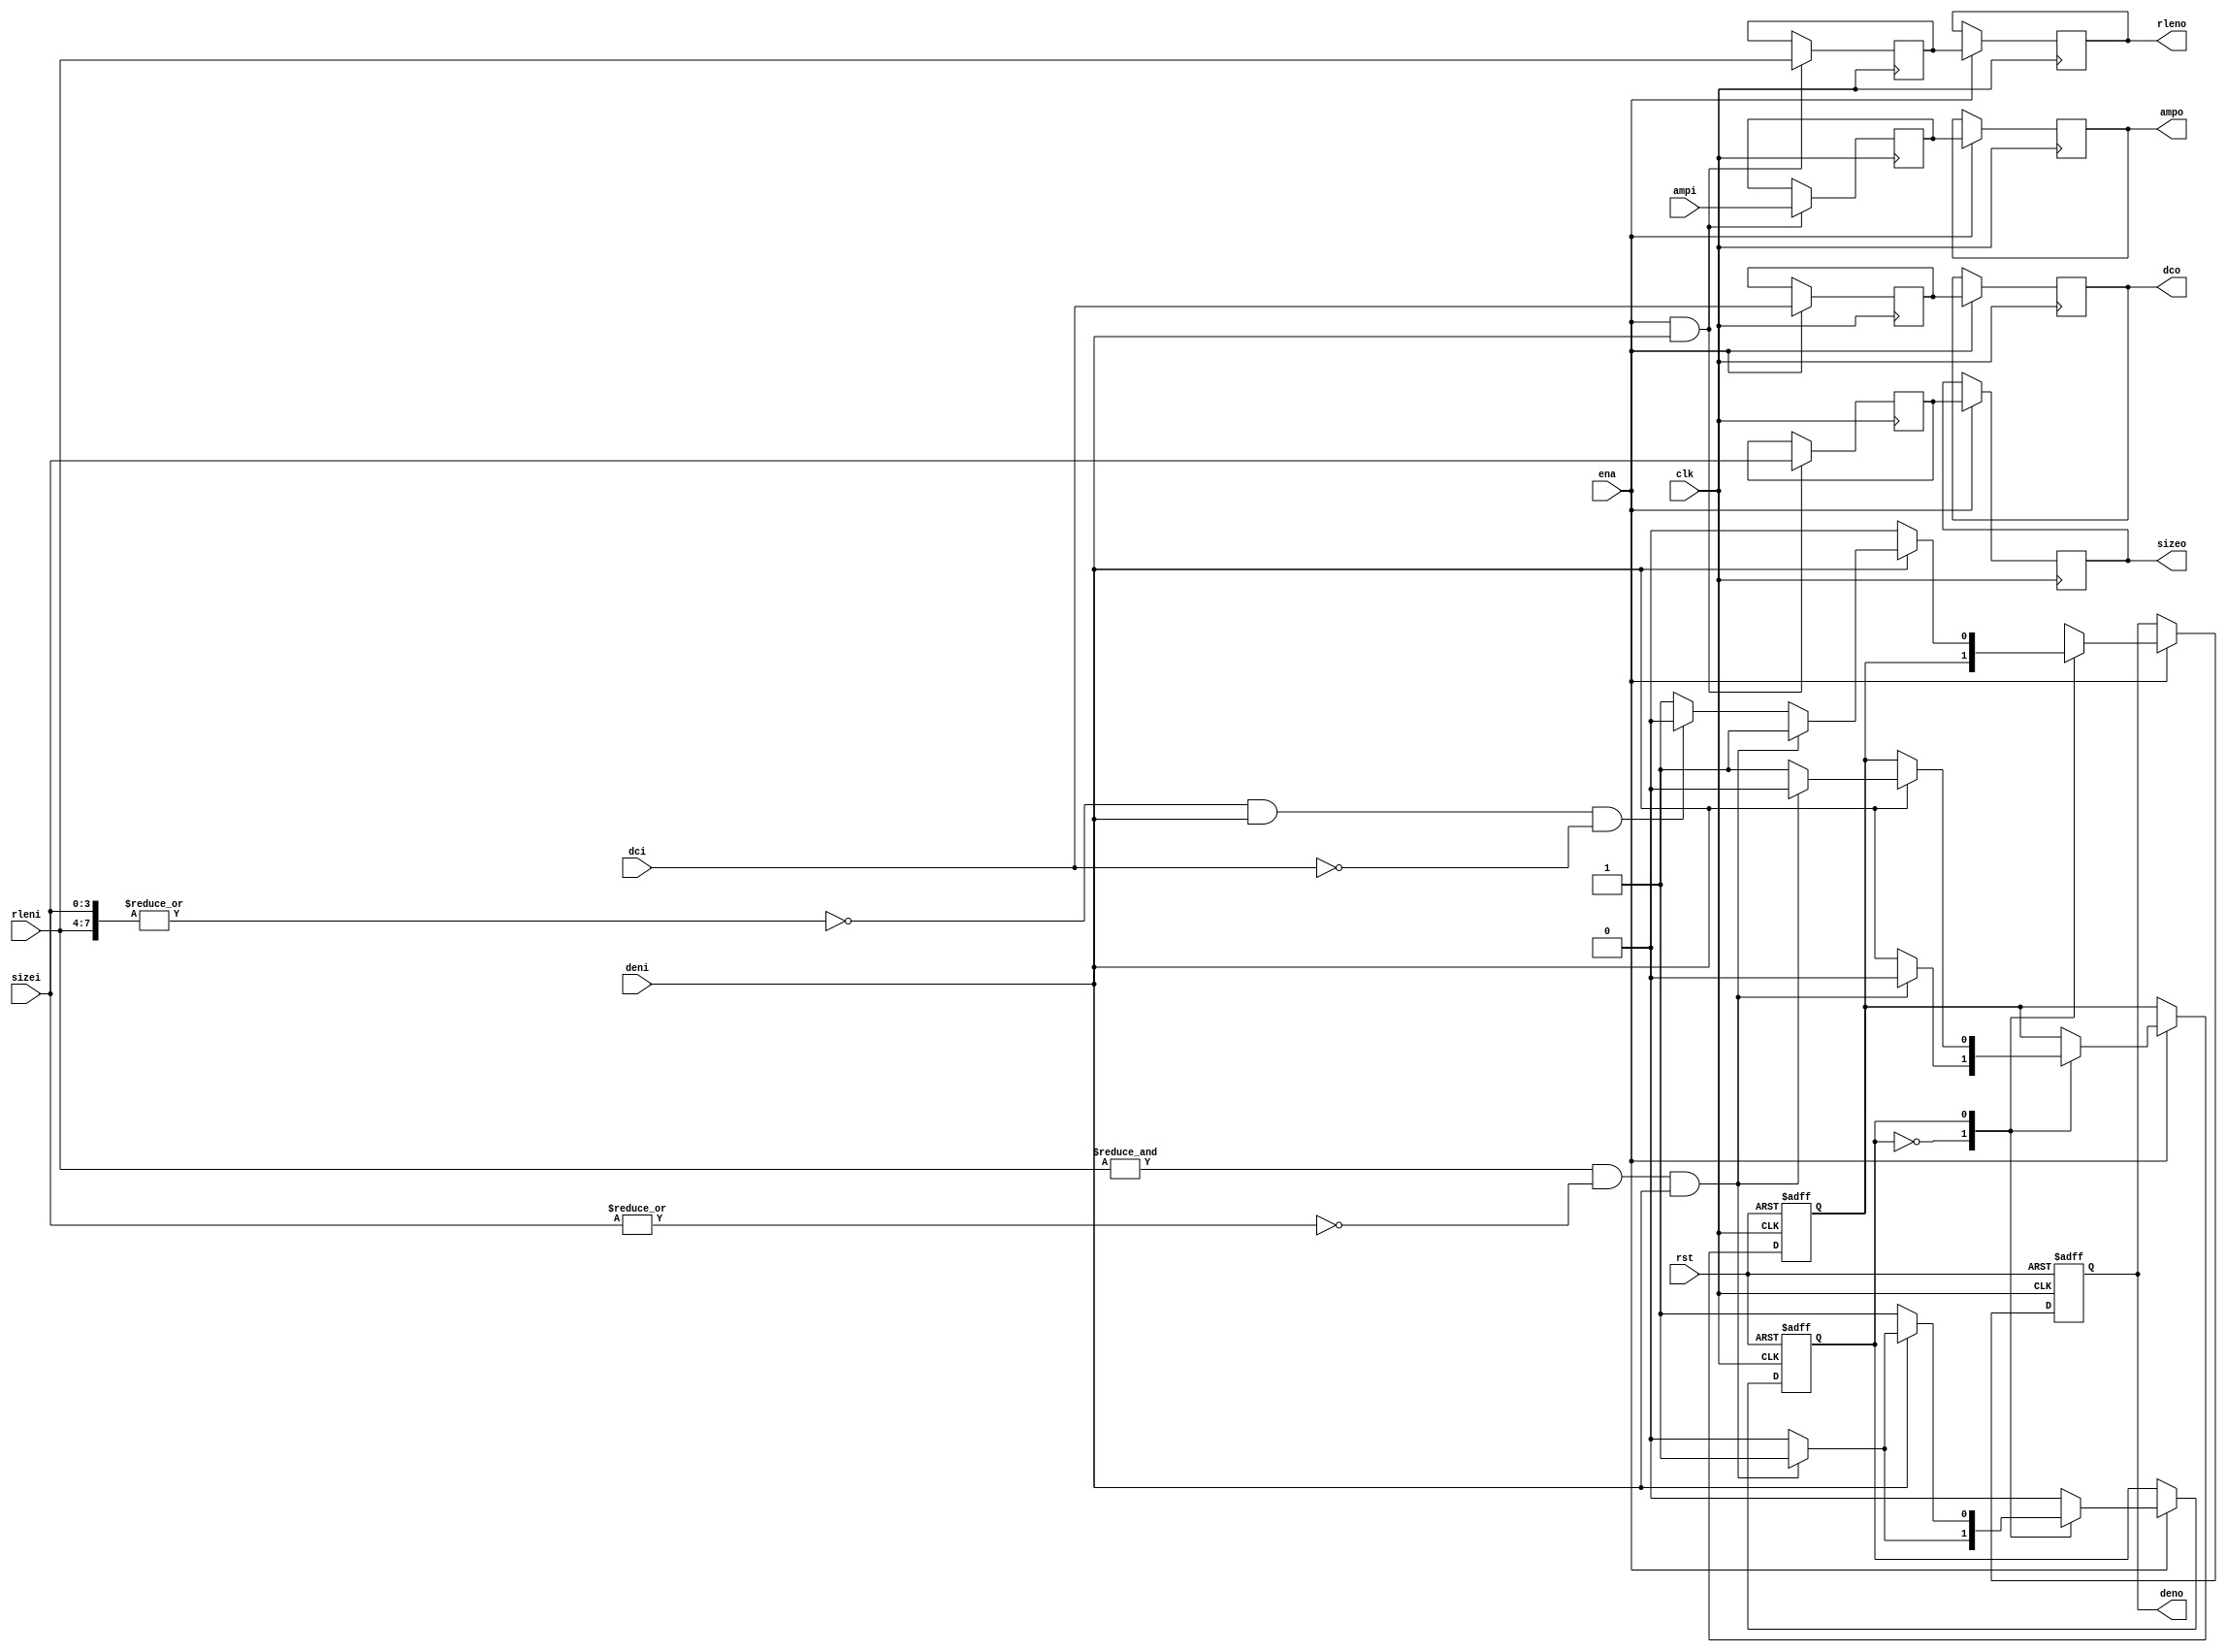
module jpeg_rzs(clk, ena, rst, deni, dci, rleni, sizei, ampi, deno, dco, rleno, sizeo, ampo);

	//
	// inputs & outputs
	//
	input        clk;
	input        ena;
	input        rst;
	input        deni;
	input        dci;
	input [ 3:0] sizei;
	input [ 3:0] rleni;
	input [11:0] ampi;

	output        deno;
	output        dco;
	output [ 3:0] sizeo;
	output [ 3:0] rleno;
	output [11:0] ampo;

	reg        deno, dco;
	reg [ 3:0] sizeo, rleno;
	reg [11:0] ampo;

	//
	// variables
	//

	reg [ 3:0] size;
	reg [ 3:0] rlen;
	reg [11:0] amp;
	reg        den;
	reg        dc;

	wire eob;
	wire zerobl;
	reg  state;

	//
	// module body
	//

	always @(posedge clk)
	  if(ena & deni)
	    begin
	        size <= #1 sizei;
	        rlen <= #1 rleni;
	        amp  <= #1 ampi;
	    end

	always @(posedge clk)
	  if(ena)
	    begin
	        sizeo <= #1 size;
	        rleno <= #1 rlen;
	        ampo  <= #1 amp;

	        dc    <= #1 dci;
	        dco   <= #1 dc;
	    end

	assign zerobl = &rleni &  ~|sizei & deni;
	assign eob    = ~|{rleni, sizei} & deni & ~dci;

	always @(posedge clk or negedge rst)
	  if (!rst)
	     begin
	         state <= #1 1'b0;
	         den   <= #1 1'b0;
	         deno  <= #1 1'b0;
	     end
	  else
	    if(ena)
	      case (state) // synopsys full_case parallel_case
	         1'b0:
	             begin
	                 if (zerobl)
	                    begin
	                        state <= #1 1'b1; // go to zero-detection state
	                        den   <= #1 1'b0; // do not yet set data output enable
	                        deno  <= #1 den;  // output previous data
	                    end
	                 else
	                    begin
	                        state <= #1 1'b0; // stay in 'normal' state
	                        den   <= #1 deni; // set data output enable
	                        deno  <= #1 den;  // output previous data
	                    end
	             end

	         1'b1:
	             begin
	                 deno <= #1 1'b0;

	                 if (deni)
	                    if (zerobl)
	                       begin
	                           state <= #1 1'b1; // stay in zero-detection state
	                           den   <= #1 1'b0; // hold current zer-block
	                           deno  <= #1 1'b1; // output previous zero-block
	                       end
	                    else if (eob)
	                       begin
	                           state <= #1 1'b0; // go to 'normal' state
	                           den   <= #1 1'b1; // set output enable for EOB
	                           deno  <= #1 1'b0; // (was already zero), maybe optimize ??
	                       end
	                    else
	                       begin
	                           state <= #1 1'b0; // go to normal state
	                           den   <= #1 1'b1; // set data output enable
	                           deno  <= #1 1'b1; // oops, zero-block should have been output
	                       end
	             end
	      endcase
endmodule